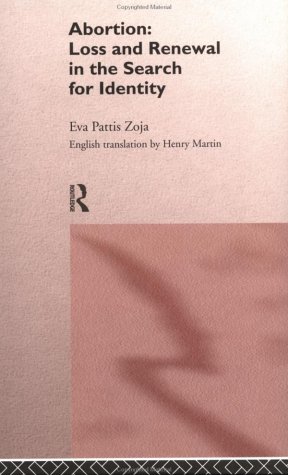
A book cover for Abortion: Loss and Renewal in the Search for Identity; Eva Pattis Zoja; Politics & Social Sciences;